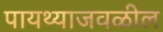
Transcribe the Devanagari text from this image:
पायथ्याजवळील